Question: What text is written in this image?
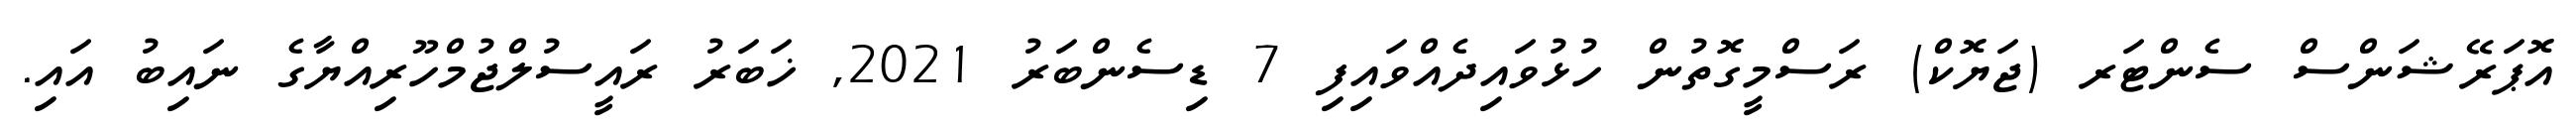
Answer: އޮޕަރޭޝަންސް ސެންޓަރ (ޖަޔޮކް) ރަސްމީގޮތުން ހުޅުވައިދެއްވައިފި 7 ޑިސެންބަރު 2021, ޚަބަރު ރައީސުލްޖުމްހޫރިއްޔާގެ ނައިބު އައި.